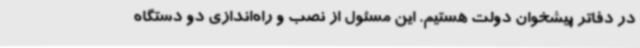
در دفاتر پیشخوان دولت هستیم. این مسئول از نصب و راه‌اندازی دو دستگاه